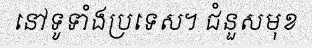
នៅទូទាំងប្រទេស។ ជំនួសមុខ